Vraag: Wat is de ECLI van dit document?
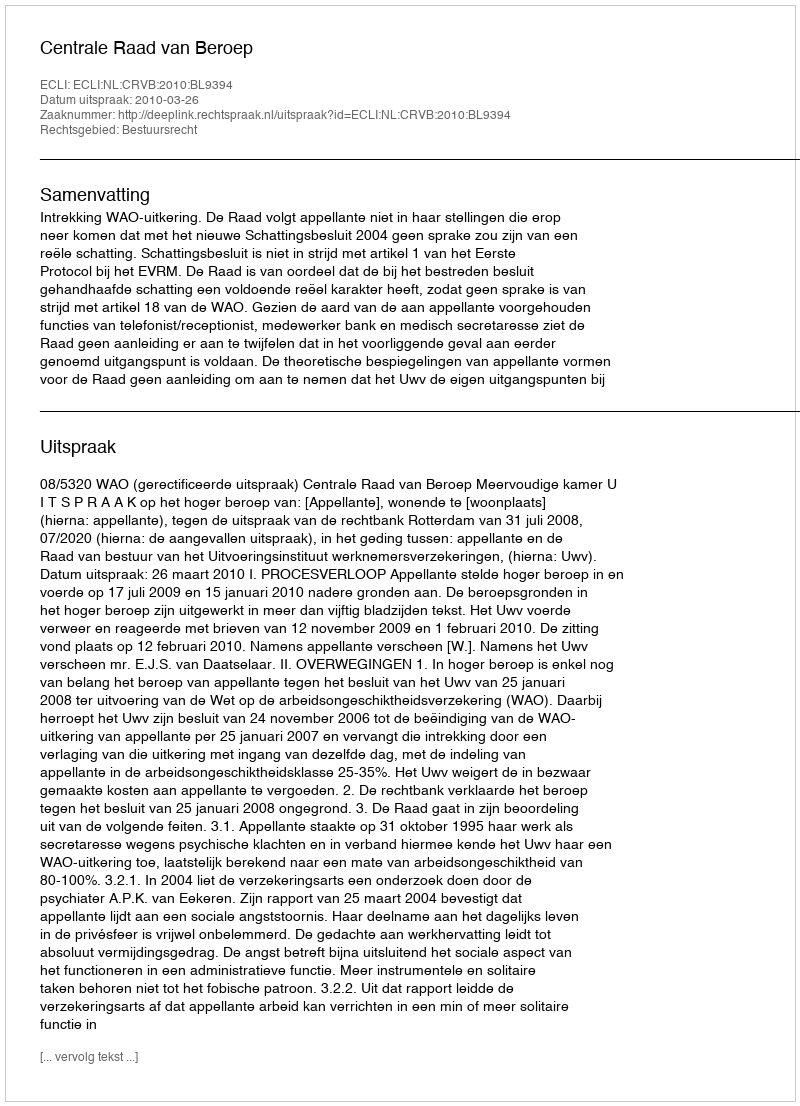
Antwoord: ECLI:NL:CRVB:2010:BL9394